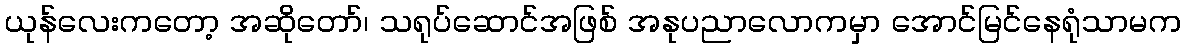
ယုန်လေးကတော့ အဆိုတော်၊ သရုပ်ဆောင်အဖြစ် အနုပညာလောကမှာ အောင်မြင်နေရုံသာမက